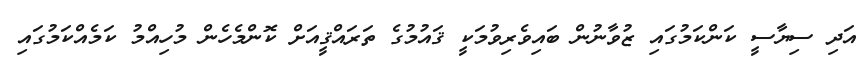
އަދި ސިޔާސީ ކަންކަމުގައި ޒުވާނުން ބައިވެރިވުމަކީ ޤައުމުގެ ތަރައްޤީއަށް ކޮންމެހެން މުހިއްމު ކަމެއްކަމުގައި